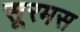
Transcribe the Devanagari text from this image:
सूरमस